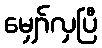
မျှော်လှပြီ